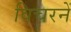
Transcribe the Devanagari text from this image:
विचरनें